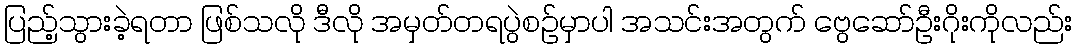
ပြည့်သွားခဲ့ရတာ ဖြစ်သလို ဒီလို အမှတ်တရပွဲစဉ်မှာပါ အသင်းအတွက် ဗွေဆော်ဦးဂိုးကိုလည်း